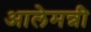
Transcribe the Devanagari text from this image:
आलेमन्नी